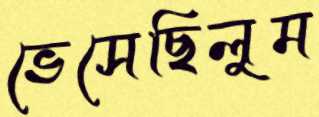
ভেসেছিলুম